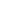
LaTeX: \! \! \! \! \! \! \! \! \! \! \! \psi\! \! \! \! \! \! \! \! \! \! \! \! _{\! }\! \! \! \! \! \! \! \! \! \! \! 1\! \! \! \! \! \! \! \! \! \! \! \! ^{\! }\! \! \! \! \! \! \! \! \! \! \! 2\! \! \! \! \! \! \! \! \! \! \! \! \! \! \! \! \! \! \! \! \! \! \! \! -\! \! \! \! \! \! \! \! \! \! \! \! \! \! \! \! \! \! \! \! \! \! \! \! \beta\! \! \! \! \! \! \! \! \! \! \! \! _{\! }\! \! \! \! \! \! \! \! \! \! \! 1\! \! \! \! \! \! \! \! \! \! \! \! \! \! \! \! \! \! \! \! \! \! \! \! \eta\! \! \! \! \! \! \! \! \! \! \! \! _{\! }\! \! \! \! \! \! \! \! \! \! \! 1\! \! \! \! \! \! \! \! \! \! \!